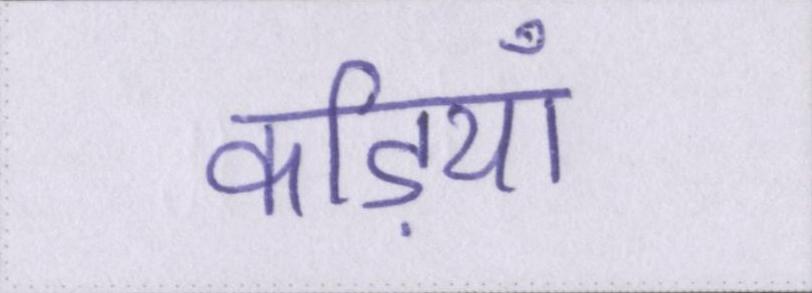
कड़ियाँ